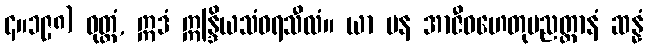
၄။၁၉၈) ဝုတ္တံ, ဣဒံ ဣန္ဒြိယသံဝရသီလံ။ ယာ ပန အာဇီဝဟေတုပညတ္တာနံ ဆန္နံ